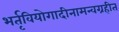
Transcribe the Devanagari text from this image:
भर्तृवियोगादीनामन्वग्रहीत